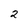
Character: 2